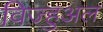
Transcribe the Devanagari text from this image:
विज्हुअल